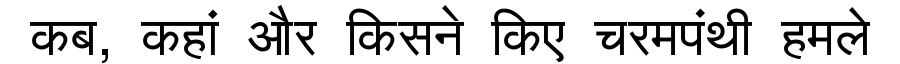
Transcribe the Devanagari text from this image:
कब, कहां और किसने किए चरमपंथी हमले